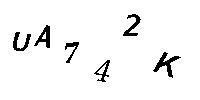
UA742K